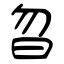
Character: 曶